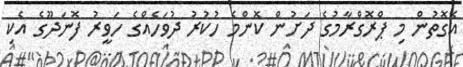
އެގޮތުން މި ޕްރޮގްރާމުގެ ދަށުން ކޮންމެ ހުކުރު ދުވަހެއްގެ ހަވީރު ފޮނަދޫގެ އެކި